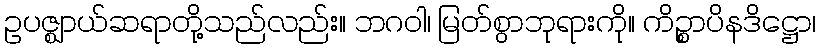
ဥပဇ္ဈာယ်ဆရာတို့သည်လည်း။ ဘဂဝါ၊ မြတ်စွာဘုရားကို။ ကိဉ္စာပိနဒိဋ္ဌော၊